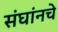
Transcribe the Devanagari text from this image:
संघांनचे